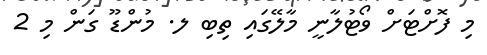
މި ފޮށްޓަށް ވޯޓުލާނީ މާލޭގައި ތިބި ލ. މުންޑޫ ގަން މި 2